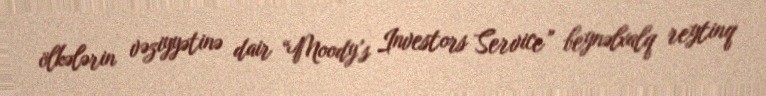
ölkələrin vəziyyətinə dair “Moody’s Investors Service” beynəlxalq reytinq